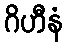
ဂိဟီနံ